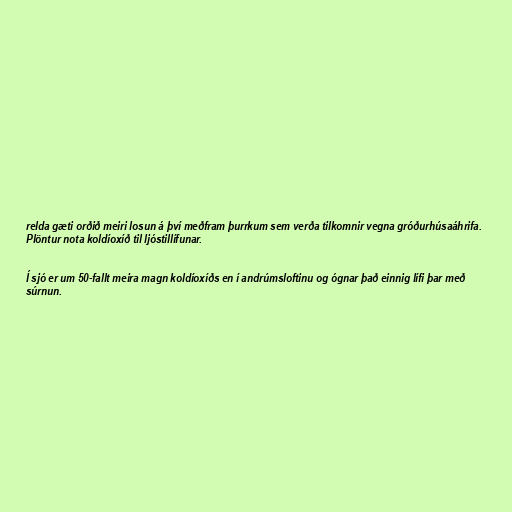
relda gæti orðið meiri losun á því meðfram þurrkum sem verða tilkomnir vegna gróðurhúsaáhrifa.
Plöntur nota koldíoxíð til ljóstillífunar.

Í sjó er um 50-fallt meira magn koldíoxíðs en í andrúmsloftinu og ógnar það einnig lífi þar með
súrnun.